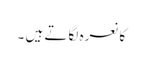
کا نعرہ لگاتے ہیں ۔